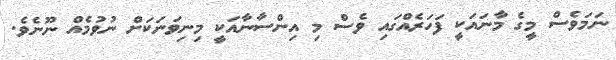
ނަމަވެސް މީގެ މާނައަކީ ފަހަރެއްގައި ވެސް މި އިންސާނާއަކީ މިނިވަނަކަށް ނުވުމެއް ނޫނެވެ.